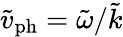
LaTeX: \tilde{v}_{\mathrm{ph}}=\tilde{\omega}/\tilde{k}